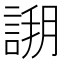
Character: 𧩝